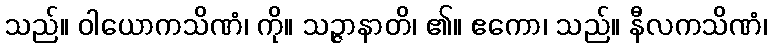
သည်။ ဝါယောကသိဏံ၊ ကို။ သဉ္ဇာနာတိ၊ ၏။ ဧကော၊ သည်။ နီလကသိဏံ၊